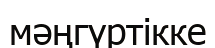
мәңгүртікке